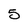
Character: 5